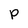
Character: p